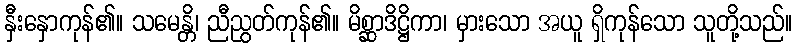
နှီးနှောကုန်၏။ သမေန္တိ၊ ညီညွတ်ကုန်၏။ မိစ္ဆာဒိဋ္ဌိကာ၊ မှားသော အယူ ရှိကုန်သော သူတို့သည်။